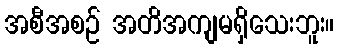
အစီအစဉ် အတိအကျမရှိသေးဘူး။